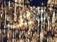
خاطب